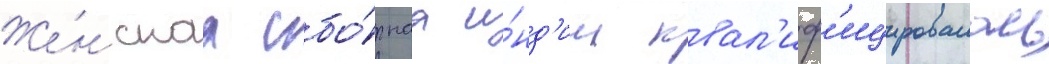
Же́нскаа сбо́рнаа и́нд'ии квал'иф'ицировалась